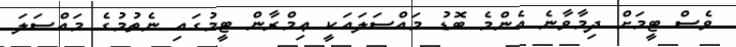
ވެސް ޓީމަށް ދިމާވާނެ އެންމެ ބޮޑު މައްސަލައަކީ ޢިމްރާން ޓީމުގައި ނެތުމުގެ މައްސަލަ